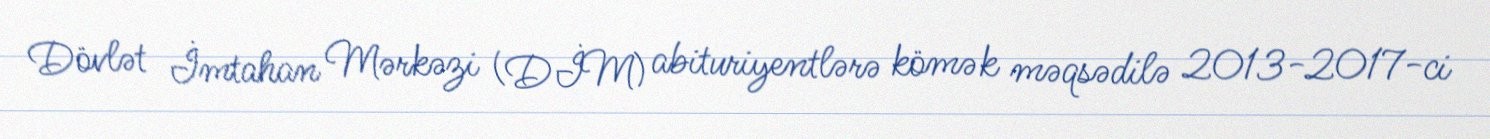
Dövlət İmtahan Mərkəzi (DİM) abituriyentlərə kömək məqsədilə 2013-2017-ci